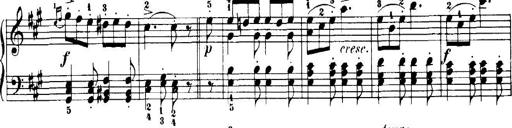
Title: 7 Sonatinas
Composer: Anton Diabelli